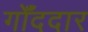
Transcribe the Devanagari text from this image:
गोँददार